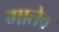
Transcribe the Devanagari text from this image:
मातेव